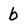
Character: b